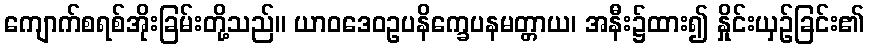
ကျောက်စရစ်အိုးခြမ်းတို့သည်။ ယာဝဒေဝဥပနိက္ခေပနမတ္တာယ၊ အနီး၌ထား၍ နှိုင်းယှဉ်ခြင်း၏